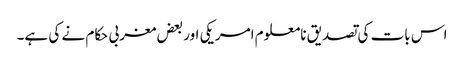
اس بات کی تصدیق نامعلوم امریکی اور بعض مغربی حکام نے کی ہے۔